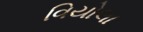
વિયોલા